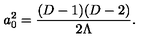
a _ { 0 } ^ { 2 } = { \frac { ( D - 1 ) ( D - 2 ) } { 2 \Lambda } } .